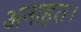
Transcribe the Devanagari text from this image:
अनाहत।